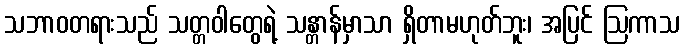
သဘာဝတရားသည် သတ္တဝါတွေရဲ့ သန္တာန်မှာသာ ရှိတာမဟုတ်ဘူး၊ အပြင် ဩကာသ